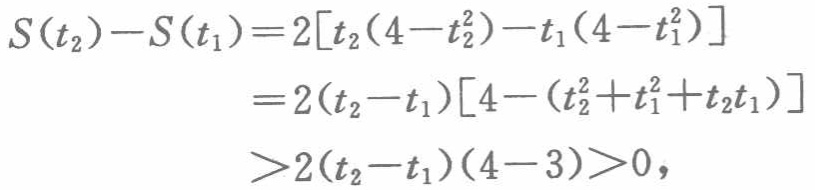
\[

\begin{align*}

S(t_2)-S(t_1)&=2[t_2(4 - t_2^2)-t_1(4 - t_1^2)]\\

&=2(t_2 - t_1)[4-(t_2^2 + t_1^2+t_2t_1)]\\

&>2(t_2 - t_1)(4 - 3)>0,

\end{align*}

\]